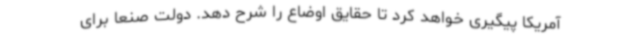
آمریکا پیگیری خواهد کرد تا حقایق اوضاع را شرح دهد. دولت صنعا برای